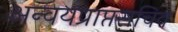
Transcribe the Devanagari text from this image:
अन्वयप्राप्तसचिव